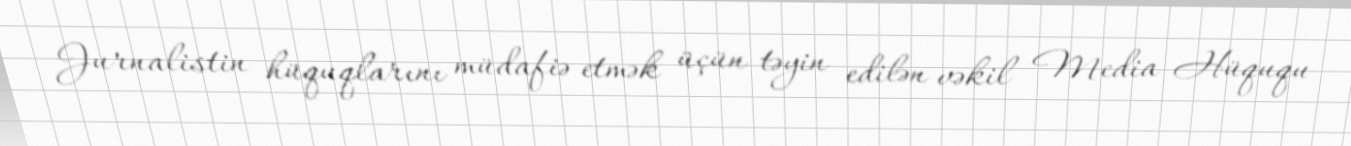
Jurnalistin hüquqlarını müdafiə etmək üçün təyin edilən vəkil Media Hüququ